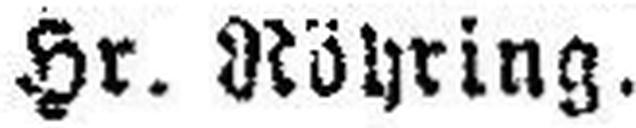
Hr. Nöhring.